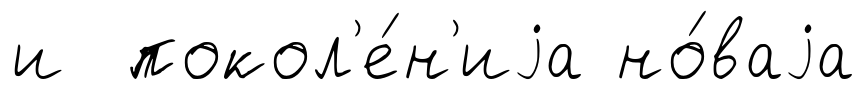
и покол'е́н'иjа но́ваjа